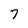
Character: 7